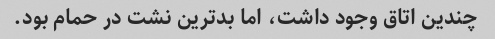
چندین اتاق وجود داشت، اما بدترین نشت در حمام بود.